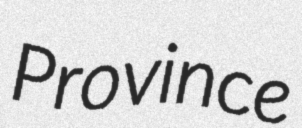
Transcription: Province